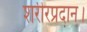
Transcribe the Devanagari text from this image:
शरीरप्रदान।